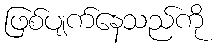
ဖြစ်ပျက်နေသည်ကို